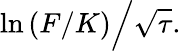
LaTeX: \ln\left(F/K\right){\Big/}{\sqrt{\tau}}.